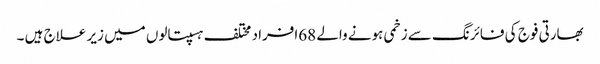
بھارتی فوج کی فائرنگ سے زخمی ہونے والے 68افراد مختلف ہسپتالوں میں زیر علاج ہیں ۔